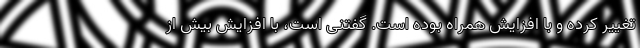
تغییر کرده و با افزایش همراه بوده است. گفتنی است، با افزایش بیش از